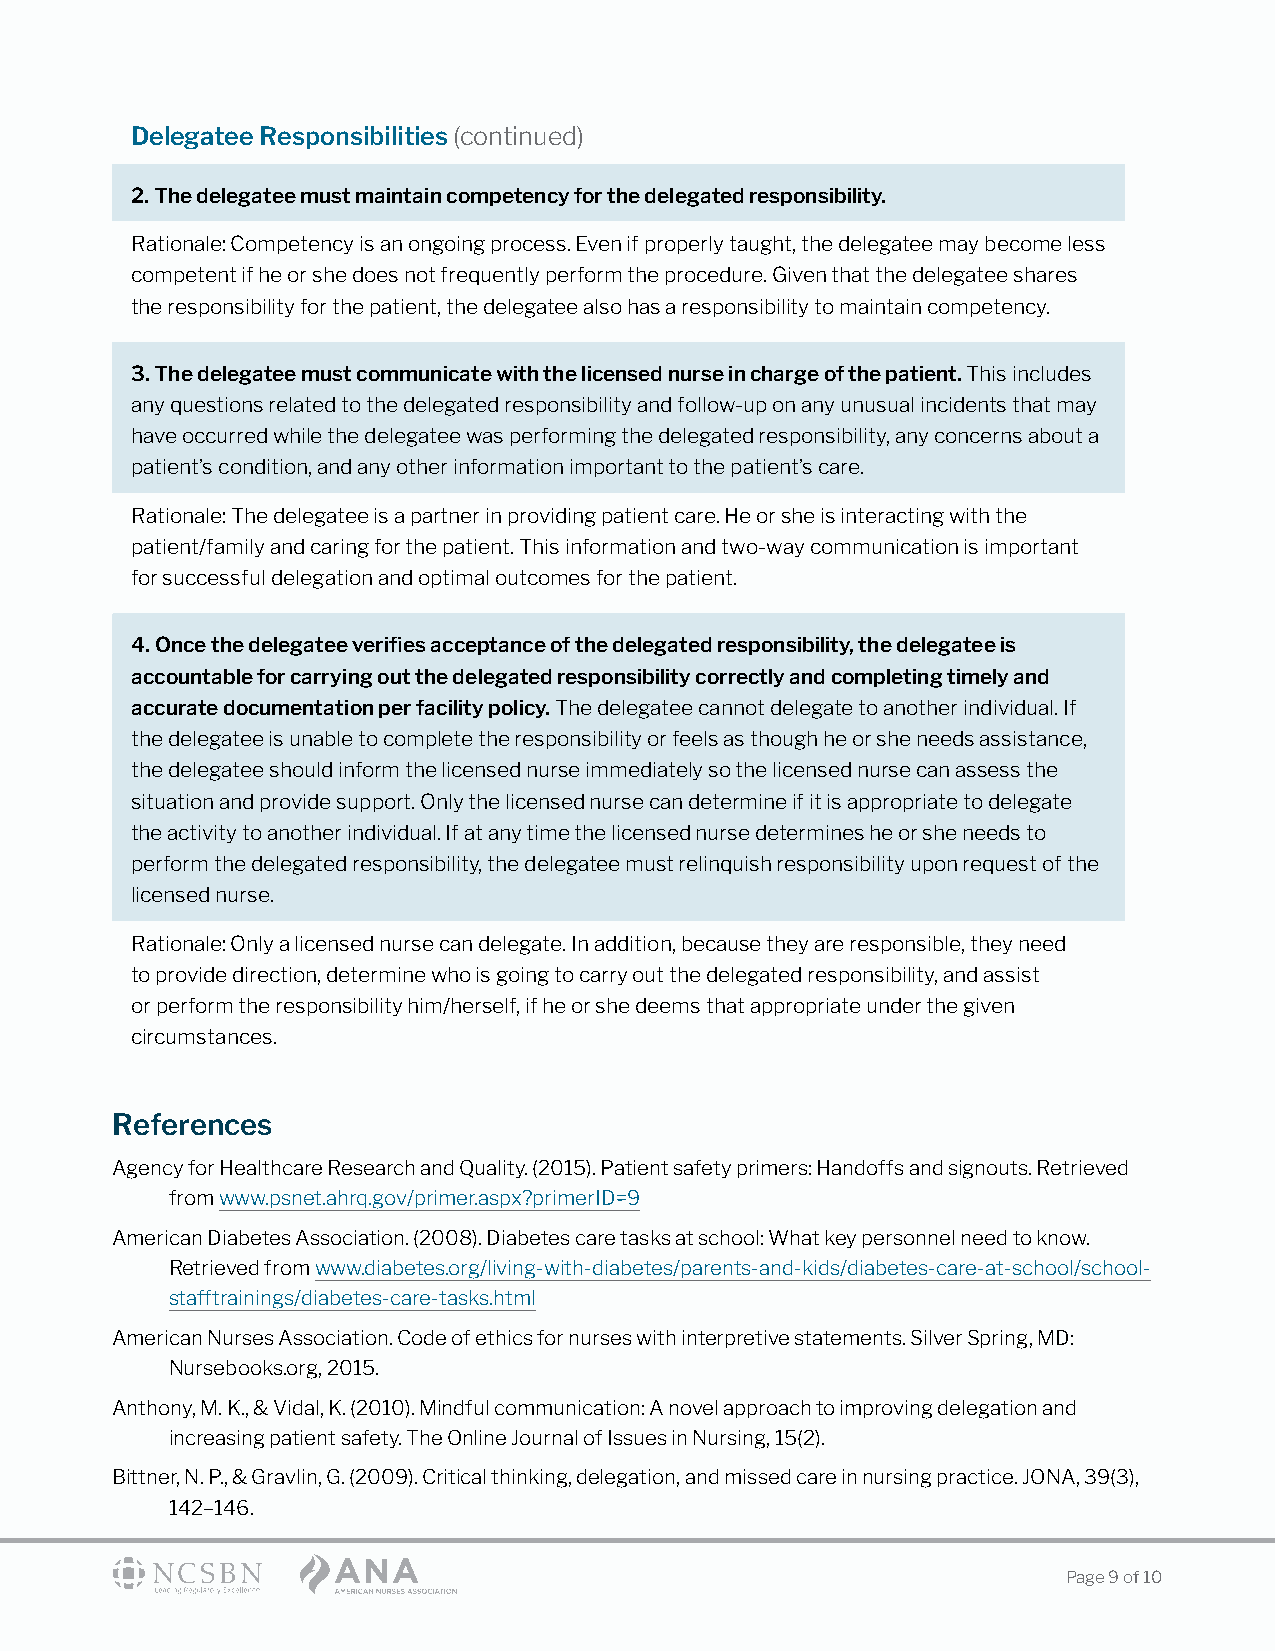
Delegatee Responsibilities (continued)
 2. The delegatee must maintain competency for the delegated responsibility.
 Rationale: Competency is an ongoing process. Even if properly taught, the delegatee may become less
 competent if he or she does not frequently perform the procedure. Given that the delegatee shares
 the responsibility for the patient, the delegatee also has a responsibility to maintain competency.
 3. The delegatee must communicate with the licensed nurse in charge of the patient. This includes
 any questions related to the delegated responsibility and follow-up on any unusual incidents that may
 have occurred while the delegatee was performing the delegated responsibility, any concerns about a
 patient’s condition, and any other information important to the patient’s care.
 Rationale: The delegatee is a partner in providing patient care. He or she is interacting with the
 patient/family and caring for the patient. This information and two-way communication is important
 for successful delegation and optimal outcomes for the patient.
 4. Once the delegatee verifies acceptance of the delegated responsibility, the delegatee is
 accountable for carrying out the delegated responsibility correctly and completing timely and
 accurate documentation per facility policy. The delegatee cannot delegate to another individual. If
 the delegatee is unable to complete the responsibility or feels as though he or she needs assistance,
 the delegatee should inform the licensed nurse immediately so the licensed nurse can assess the
 situation and provide support. Only the licensed nurse can determine if it is appropriate to delegate
 the activity to another individual. If at any time the licensed nurse determines he or she needs to
 perform the delegated responsibility, the delegatee must relinquish responsibility upon request of the
 licensed nurse.
 Rationale: Only a licensed nurse can delegate. In addition, because they are responsible, they need
 to provide direction, determine who is going to carry out the delegated responsibility, and assist
 or perform the responsibility him/herself, if he or she deems that appropriate under the given
 circumstances.
 References
 Agency for Healthcare Research and Quality. (2015). Patient safety primers: Handoffs and signouts. Retrieved
 from www.psnet.ahrq.gov/primer.aspx?primerID=9
 American Diabetes Association. (2008). Diabetes care tasks at school: What key personnel need to know.
 Retrieved from www.diabetes.org/living-with-diabetes/parents-and-kids/diabetes-care-at-school/school-
 stafftrainings/diabetes-care-tasks.html
 American Nurses Association. Code of ethics for nurses with interpretive statements. Silver Spring, MD:
 Nursebooks.org, 2015.
 Anthony, M. K., & Vidal, K. (2010). Mindful communication: A novel approach to improving delegation and
 increasing patient safety. The Online Journal of Issues in Nursing, 15(2).
 Bittner, N. P., & Gravlin, G. (2009). Critical thinking, delegation, and missed care in nursing practice. JONA, 39(3),
 142–146.
 Page 9 of 10